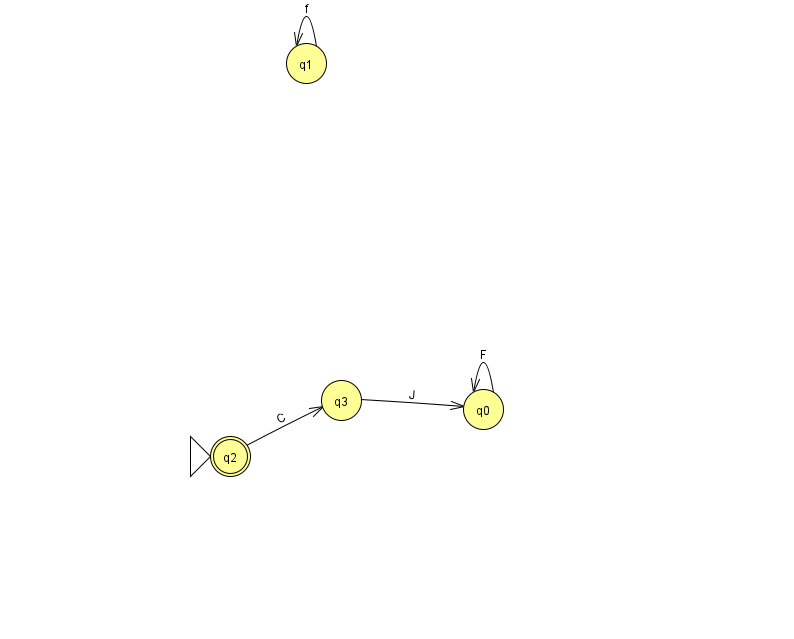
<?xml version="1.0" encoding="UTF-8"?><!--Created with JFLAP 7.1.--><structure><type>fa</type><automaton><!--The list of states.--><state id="0" name="q0"><x>483.0</x><y>396.0</y></state><state id="1" name="q1"><x>306.0</x><y>50.0</y></state><state id="2" name="q2"><x>230.0</x><y>443.0</y><initial/><final/></state><state id="3" name="q3"><x>341.0</x><y>387.0</y></state><!--The list of transitions.--><transition><from>0</from><to>0</to><read>F</read></transition><transition><from>1</from><to>1</to><read>f</read></transition><transition><from>2</from><to>3</to><read>C</read></transition><transition><from>3</from><to>0</to><read>J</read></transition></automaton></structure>